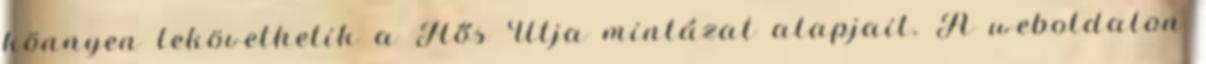
könnyen lekövethetik a Hős Útja mintázat alapjait. A weboldalon